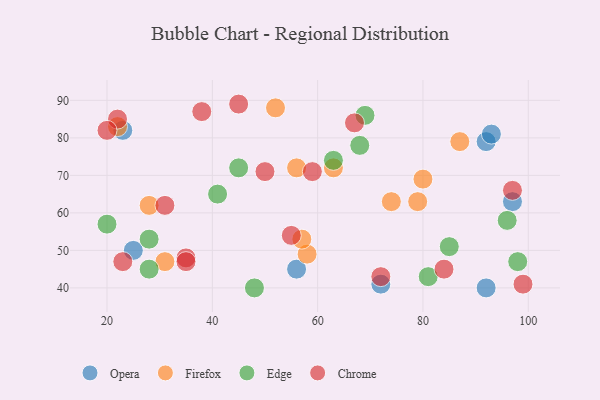
{"axis": {"x": "GDP", "y": "Life Expectancy"}, "legend": ["Chrome", "Edge", "Firefox", "Opera"], "data": [{"x": "92", "y": 40, "type": "Opera"}, {"x": "72", "y": 41, "type": "Opera"}, {"x": "25", "y": 50, "type": "Opera"}, {"x": "97", "y": 63, "type": "Opera"}, {"x": "23", "y": 82, "type": "Opera"}, {"x": "56", "y": 45, "type": "Opera"}, {"x": "92", "y": 79, "type": "Opera"}, {"x": "93", "y": 81, "type": "Opera"}, {"x": "22", "y": 83, "type": "Firefox"}, {"x": "87", "y": 79, "type": "Firefox"}, {"x": "28", "y": 62, "type": "Firefox"}, {"x": "56", "y": 72, "type": "Firefox"}, {"x": "58", "y": 49, "type": "Firefox"}, {"x": "57", "y": 53, "type": "Firefox"}, {"x": "79", "y": 63, "type": "Firefox"}, {"x": "63", "y": 72, "type": "Firefox"}, {"x": "74", "y": 63, "type": "Firefox"}, {"x": "52", "y": 88, "type": "Firefox"}, {"x": "80", "y": 69, "type": "Firefox"}, {"x": "31", "y": 47, "type": "Firefox"}, {"x": "81", "y": 43, "type": "Edge"}, {"x": "98", "y": 47, "type": "Edge"}, {"x": "41", "y": 65, "type": "Edge"}, {"x": "63", "y": 74, "type": "Edge"}, {"x": "96", "y": 58, "type": "Edge"}, {"x": "85", "y": 51, "type": "Edge"}, {"x": "28", "y": 45, "type": "Edge"}, {"x": "48", "y": 40, "type": "Edge"}, {"x": "45", "y": 72, "type": "Edge"}, {"x": "20", "y": 57, "type": "Edge"}, {"x": "28", "y": 53, "type": "Edge"}, {"x": "68", "y": 78, "type": "Edge"}, {"x": "69", "y": 86, "type": "Edge"}, {"x": "22", "y": 85, "type": "Chrome"}, {"x": "50", "y": 71, "type": "Chrome"}, {"x": "38", "y": 87, "type": "Chrome"}, {"x": "23", "y": 47, "type": "Chrome"}, {"x": "20", "y": 82, "type": "Chrome"}, {"x": "84", "y": 45, "type": "Chrome"}, {"x": "72", "y": 43, "type": "Chrome"}, {"x": "31", "y": 62, "type": "Chrome"}, {"x": "35", "y": 48, "type": "Chrome"}, {"x": "45", "y": 89, "type": "Chrome"}, {"x": "55", "y": 54, "type": "Chrome"}, {"x": "59", "y": 71, "type": "Chrome"}, {"x": "35", "y": 47, "type": "Chrome"}, {"x": "97", "y": 66, "type": "Chrome"}, {"x": "99", "y": 41, "type": "Chrome"}, {"x": "67", "y": 84, "type": "Chrome"}]}